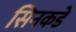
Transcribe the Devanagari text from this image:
सिनकडे